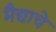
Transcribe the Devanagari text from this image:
मैद्याचे